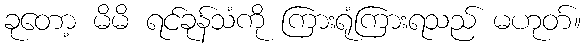
ခုတော့ မိမိ ရင်ခုန်သံကို ကြားရုံကြားရသည် မဟုတ်။